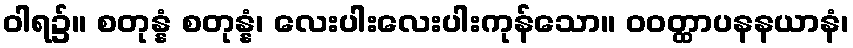
ဝါရ၌။ စတုန္နံ စတုန္နံ၊ လေးပါးလေးပါးကုန်သော။ ဝဝတ္ထာပနနယာနံ၊